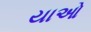
યાઓ